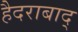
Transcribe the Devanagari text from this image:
हैदराबाद्